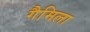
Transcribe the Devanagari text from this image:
गैमिला